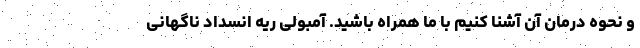
و نحوه درمان آن آشنا کنیم با ما همراه باشید. آمبولی ریه انسداد ناگهانی